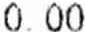
0.00